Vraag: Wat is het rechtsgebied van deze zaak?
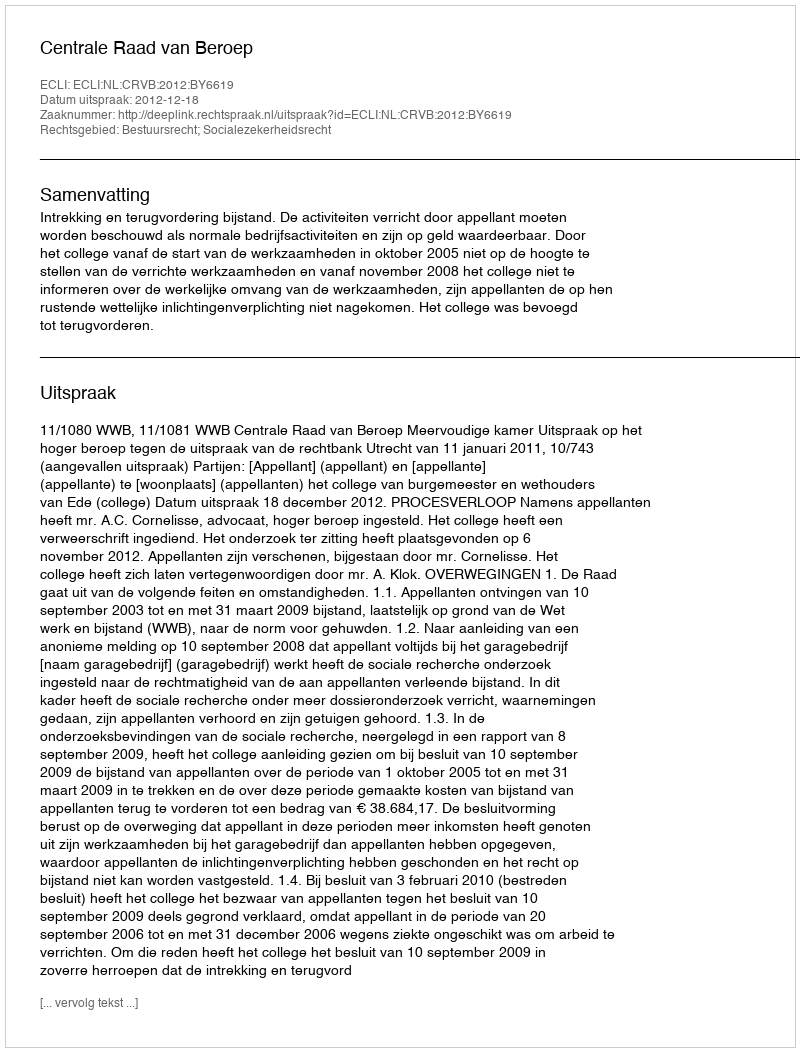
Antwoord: Bestuursrecht; Socialezekerheidsrecht